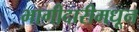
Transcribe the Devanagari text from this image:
भागीदारीमधून